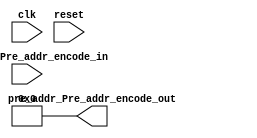
module Pre_addr_encode (clk, pre_addr_Pre_addr_encode_in,
reset, pre_addr_Pre_addr_encode_out);

      parameter word_num = 16;
      parameter word_num_bit = 4;
      parameter p_size = 32;
      parameter POS_num = 11;
      parameter POS_num_bit = 4;
      
      input [POS_num - 1:0] pre_addr_Pre_addr_encode_in;
      input clk, reset;
      output reg [POS_num_bit - 1:0] pre_addr_Pre_addr_encode_out;
      
      integer i;
  initial begin
      pre_addr_Pre_addr_encode_out <= 0;
  end
  always @(reset) begin 
      if(!reset) begin
          pre_addr_Pre_addr_encode_out <= 0;
      end
  end
  
  always @(posedge clk) begin
      for(i = 0; i < POS_num; i = i + 1) begin
          if(pre_addr_Pre_addr_encode_in[i])
              pre_addr_Pre_addr_encode_out <= i;
      end
  end
    
endmodule